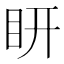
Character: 䀘